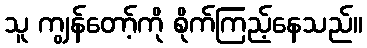
သူ ကျွန်တော့်ကို စိုက်ကြည့်နေသည်။